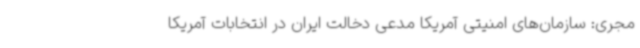
مجری: سازمان‌های امنیتی آمریکا مدعی دخالت ایران در انتخابات آمریکا